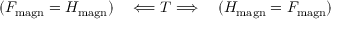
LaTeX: ( F _ { \mathrm { m a g n } } = H _ { \mathrm { m a g n } } ) \quad \Longleftarrow T \Longrightarrow \quad ( H _ { \mathrm { m a g n } } = F _ { \mathrm { m a g n } } )